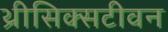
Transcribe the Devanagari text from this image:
थ्रीसिक्सटीवन